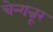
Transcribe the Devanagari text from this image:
चेन्गन्नूर